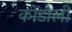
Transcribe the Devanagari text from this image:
कोंडोली